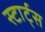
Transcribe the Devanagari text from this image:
स्टार्ट्स